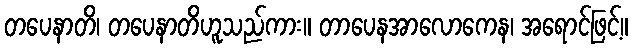
တပေနာတိ၊ တပေနာတိဟူသည်ကား။ တာပေနအာလောကေန၊ အရောင်ဖြင့်။